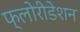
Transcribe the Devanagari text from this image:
फ्लोरीडेशन